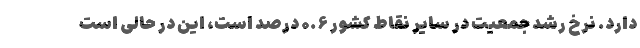
دارد. نرخ رشد جمعیت در سایر نقاط کشور ۰.۶ درصد است، این در حالی است